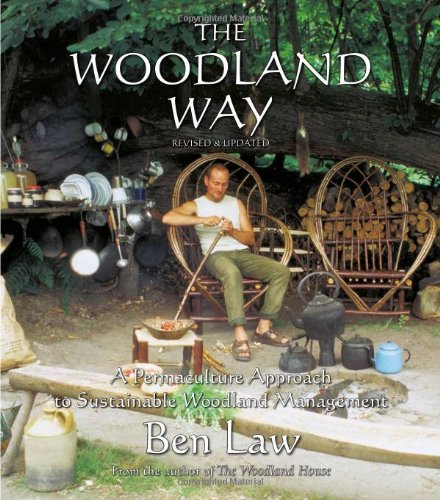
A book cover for The Woodland Way: A Permaculture Approach to Sustainable Woodland Management, 2nd Edition; Ben Law; Science & Math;